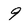
Character: 9